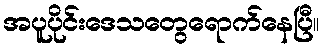
အပူပိုင်းဒေသတွေရောက်နေပြီ။